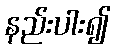
နည်းပါး၍